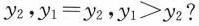
y_{2},$$y_{1}=y_{2}$$,$$y_{1}?y_{2}$$?